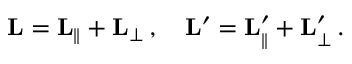
\mathbf { L } = \mathbf { L } _ { \parallel } + \mathbf { L } _ { \perp } \, , \quad \mathbf { L } ^ { \prime } = \mathbf { L } _ { \parallel } ^ { \prime } + \mathbf { L } _ { \perp } ^ { \prime } \, .